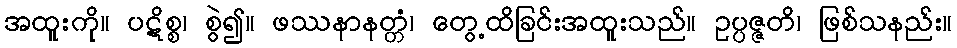
အထူးကို။ ပဋိစ္စ၊ စွဲ၍။ ဖဿနာနတ္တံ၊ တွေ့ထိခြင်းအထူးသည်။ ဥပ္ပဇ္ဇတိ၊ ဖြစ်သနည်း။